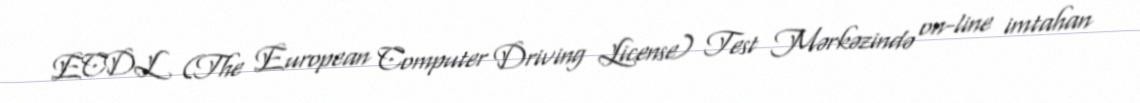
ECDL (The European Computer Driving License) Test Mərkəzində on-line imtahan